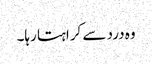
وہ درد سے کراہتا رہا۔